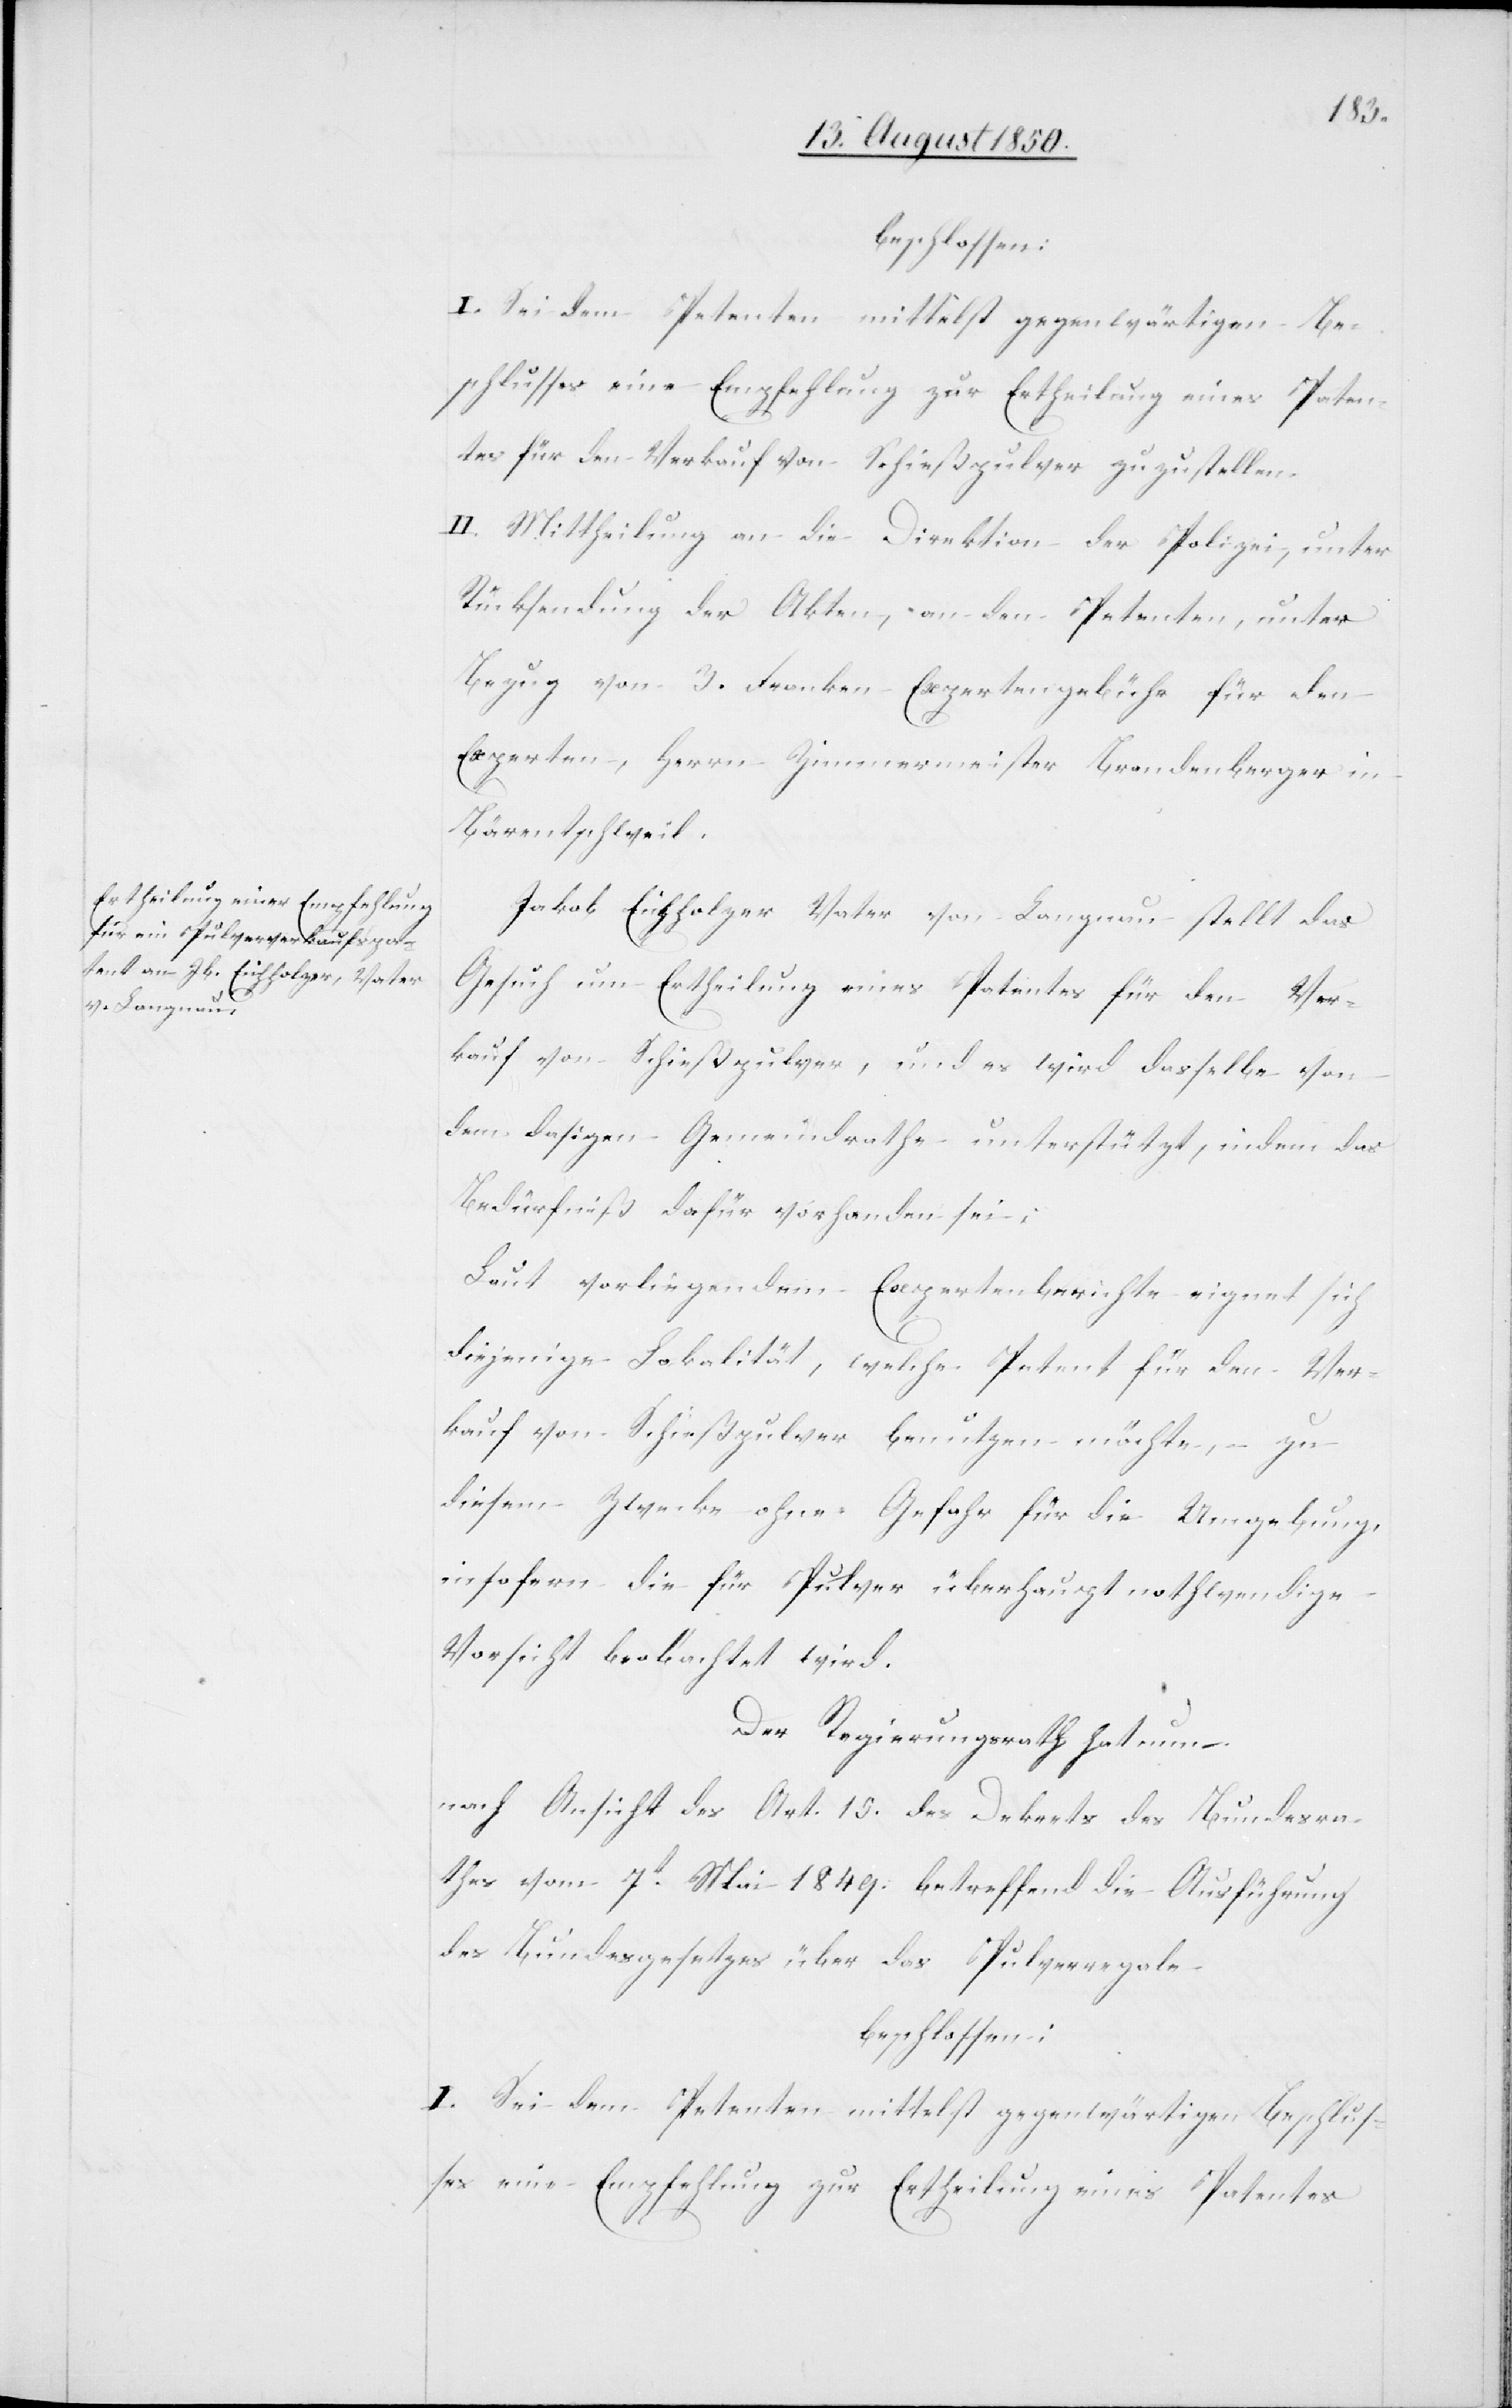
beschlossen:
I. Sei dem Petenten mittelst gegenwärtigen Be¬
schlusses eine Empfehlung zur Ertheilung eines Paten¬
tes für den Verkauf von Schießpulver zuzustellen.
II. Mittheilung an die Direktion der Polizei, unter
Rücksendung der Akten, an den Petenten, unter
Bezug von 3. Franken Expertengebühr für den
Experten, Herrn Zimmermeister Brandenberger in
Bärentschweil.
Jakob Eichholzer Vater von Langnau stellt das
Gesuch um Ertheilung eines Patentes für den Ver¬
kauf von Schießpulver, und es wird dasselbe von
dem dasigen Gemeindrathe unterstützt, indem das
Bedürfniß dafür vorhanden sei;
Laut vorliegendem Expertenberichte eignet sich
diejenige Lokalität, welche Petent für den Ver¬
kauf von Schießpulver benutzen möchte, – zu
diesem Zwecke ohne Gefahr für die Umgebung,
insofern die für Pulver überhaupt nothwendige
Vorsicht beobachtet wird.
Der Regierungsrath hat nun,
Nach Ansicht des Art. 15. des Dekrets des Bundesra¬
thes vom 7t Mai 1849. betreffend die Ausführung
des Bundesgesetzes über das Pulverregale
beschlossen:
I. Sei dem Petenten mittelst gegenwärtigen Beschlus¬
ses eine Empfehlung zur Ertheilung eines Patentes